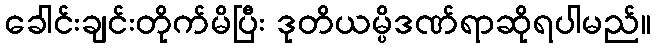
ခေါင်းချင်းတိုက်မိပြီး ဒုတိယမ္ပိဒဏ်ရာဆိုရပါမည်။